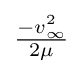
\textstyle {\frac {-v_{\infty }^{2}}{2\mu }}